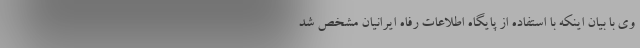
وی با بیان اینکه با استفاده از پایگاه اطلاعات رفاه ایرانیان مشخص شد